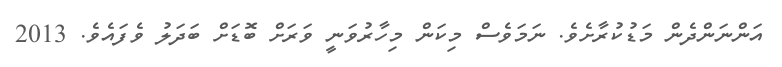
އަންނަންދެން މަޑުކުރާށެވެ. ނަމަވެސް މިކަން މިހާރުވަނީ ވަރަށް ބޮޑަށް ބަދަލު ވެފައެވެ. 2013